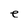
Character: e